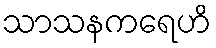
သာသနကရေဟိ